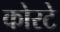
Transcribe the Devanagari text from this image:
कोरटे